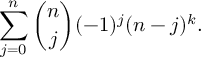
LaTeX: \sum _ { j = 0 } ^ { n } { \binom { n } { j } } ( - 1 ) ^ { j } ( n - j ) ^ { k } .